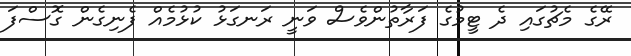
ރޭގެ މެޗުގައި ދެ ޓީމުގެ ފަރާތުންވެސް ވަނީ ރަނގަޅު ކުޅުމެއް ފެނިގެން ގޮސްފަ